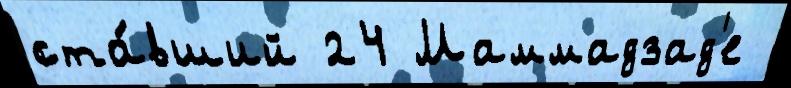
ста́вший 24 Маммадзад'е